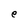
Character: e